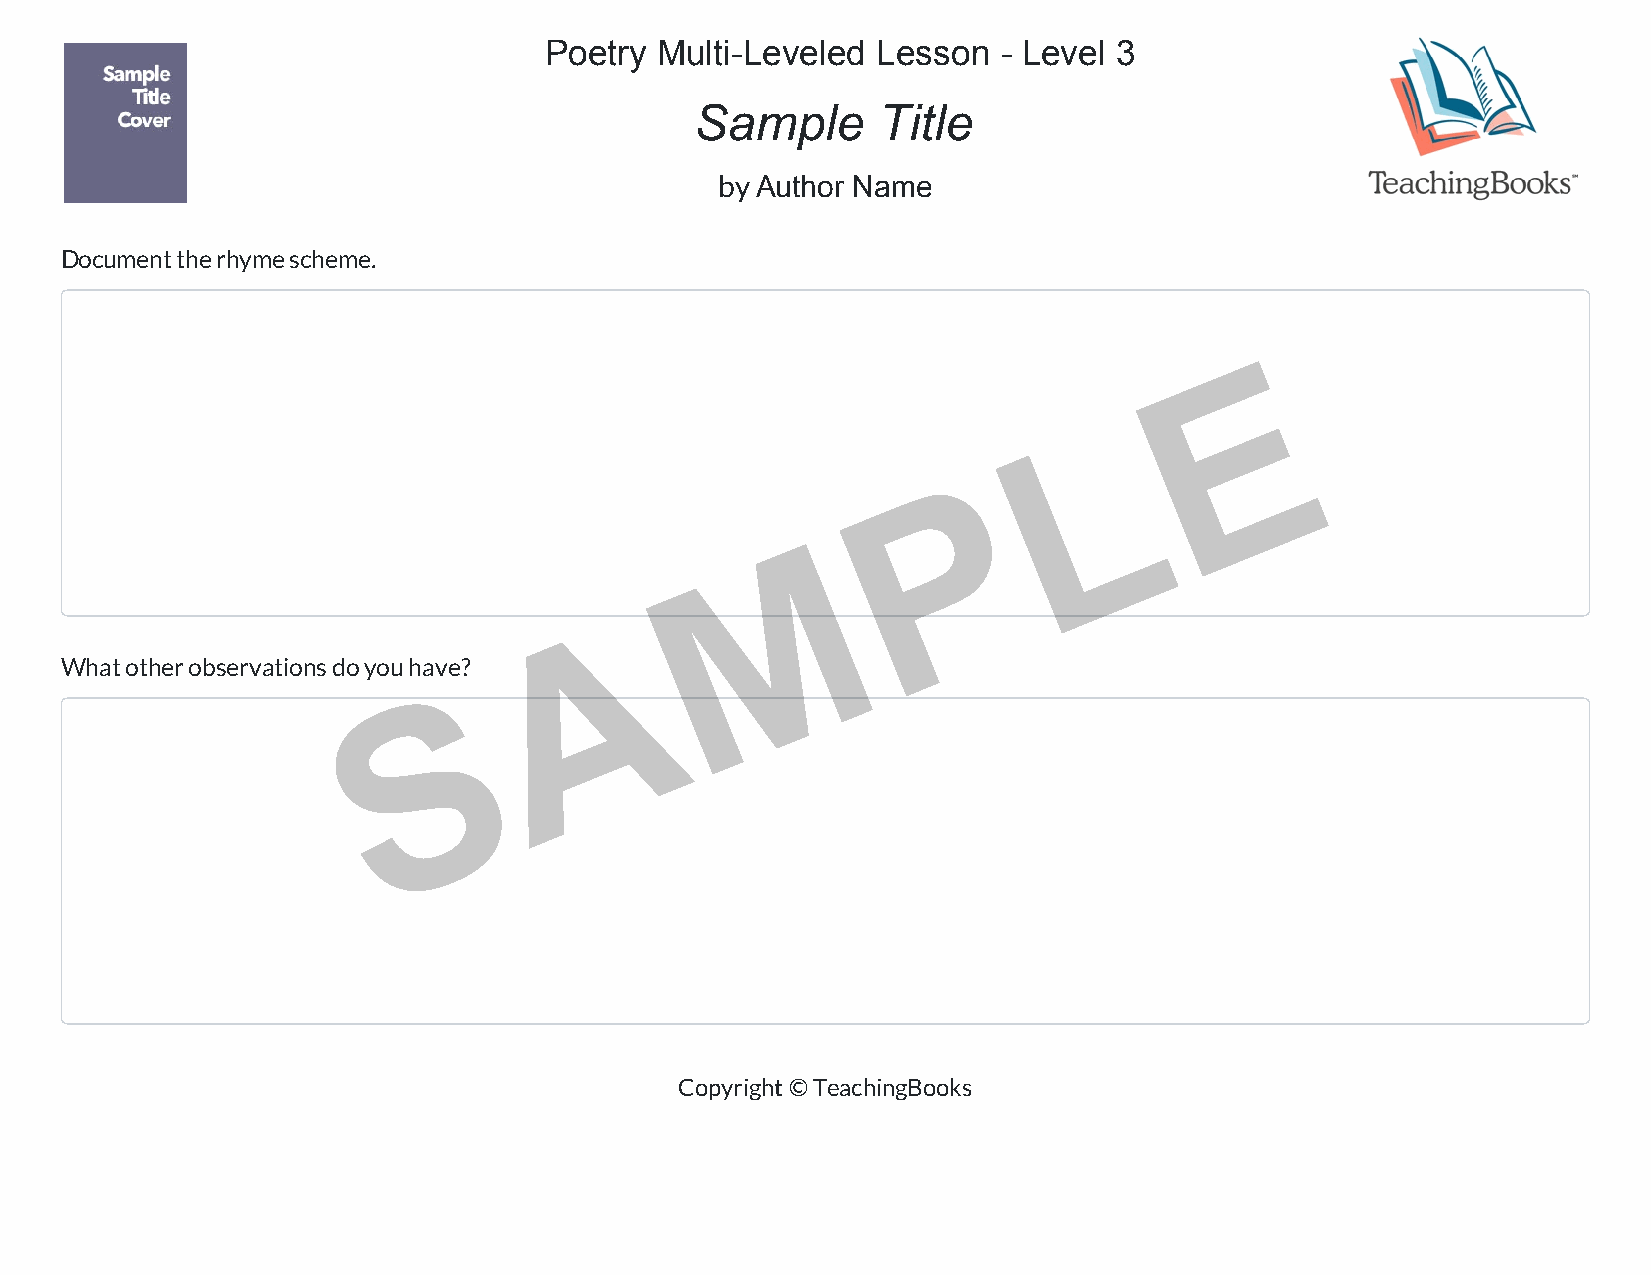
Poetry Multi-Leveled  Lesson  - Level 3
 Sample      Title
 by Author Name
 Document the rhyme scheme.
 E
 L
 P
 M
 A
 What other observations do you have?
 S
 Copyright © TeachingBooks